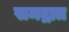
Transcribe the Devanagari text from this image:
समद्रात